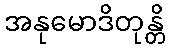
အနုမောဒိတုန္တိ